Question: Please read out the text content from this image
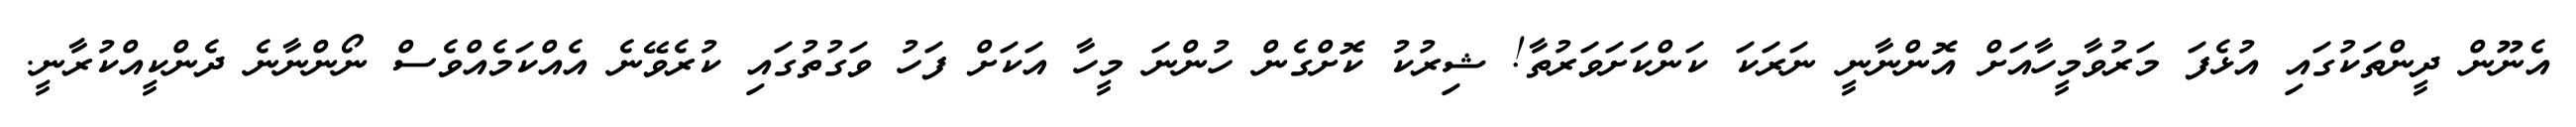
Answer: އެނޫން ދީންތަކުގައި އުޅެފަ މަރުވާމީހާއަށް އޮންނާނީ ނަރަކަ ކަންކަށަވަރުތާ! ޝިރުކު ކޮށްގެން ހުންނަ މީހާ އަކަށް ފަހު ވަގުތުގައި ކުރެވޭނެ އެއްކަމެއްވެސް ނޯންނާނެ ދެންކީއްކުރާނީ.